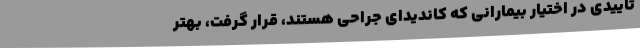
تاییدی در اختیار بیمارانی که کاندیدای جراحی هستند، قرار گرفت، بهتر